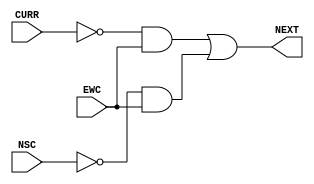
module traffic (CURR, NSC, EWC, NEXT);

	input CURR, NSC, EWC;
	output NEXT; 

	assign NEXT = ~CURR & EWC | ~NSC & EWC;

endmodule